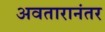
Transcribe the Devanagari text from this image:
अवतारानंतर